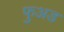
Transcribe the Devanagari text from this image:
फुअड